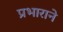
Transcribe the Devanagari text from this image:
प्रभाराने